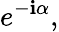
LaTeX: e^{-\mathbf{i}\alpha},